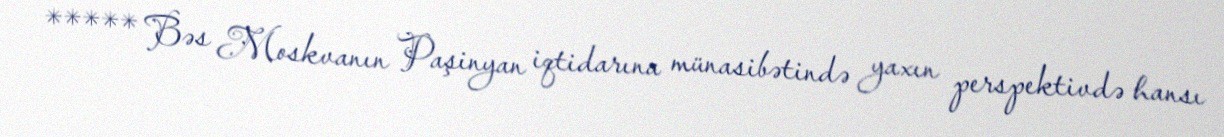
***** Bəs Moskvanın Paşinyan iqtidarına münasibətində yaxın perspektivdə hansı